Annual vaccination report of Bihar and Orissa - 1911-1928
Year: 1911
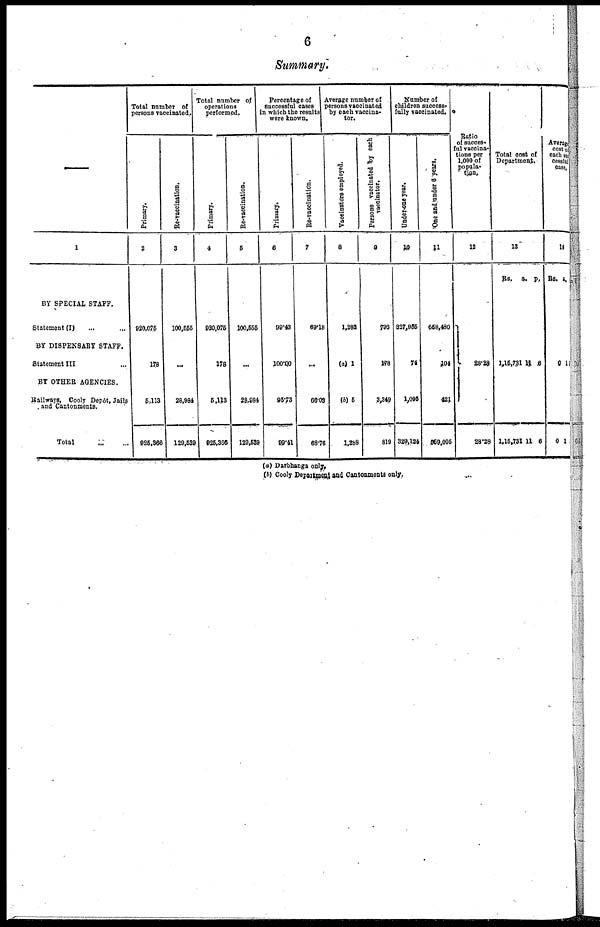
6
Summary.
—
1
BY SPECIAL STAFF.
Statement (I) ... ...
BY DISPENSARY STAFF.
Statement III ...
BY OTHER AGENCIES.
Railways, Cooly Depôt, Jails
and Cantonments.
Total ... ...
Total number of
persons vaccinated.
Primary.
2
920,075
178
5,113
925,366
Re-vaccination.
3
100,555
...
28,984
129,539
Total number of
operations
performed.
Primary.
4
920,075
178
5,113
925,366
Re-vaccination.
5
100,555
...
28,984
129,539
Percentage of
successful cases
in which the results
were known.
Primary.
6
99.43
100.00
95.73
99.41
Re-vaccination.
7
69.18
...
66.03
68.76
Average number of
persons vaccinated
by each vaccina-
tor.
Vaccinators employed.
8
1,282
(a) 1
(b)5
1,288
Persons vaccinated by each
vaccinator.
9
796
178
3,349
819
Number of
children success-
fully vaccinated.
Under one year.
10
827,955
74
1,095
329,124
One and under 6 years.
11
658,480
104
421
559,005
Ratio
of succes-
ful vaccina-
tions per
1,000 of
popula-
tion.
12
28.28
28.28
Total cost of
Department.
13
Rs. a. p.
1,15,731
1,15,731
11
11
6
6
Average
cost of
each suc-
cessful
case.
14
Rs. a.
9
0
11
1
(a) Darbhanga only.
(b) Cooly Department and Cantonments only.